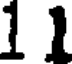
1 1